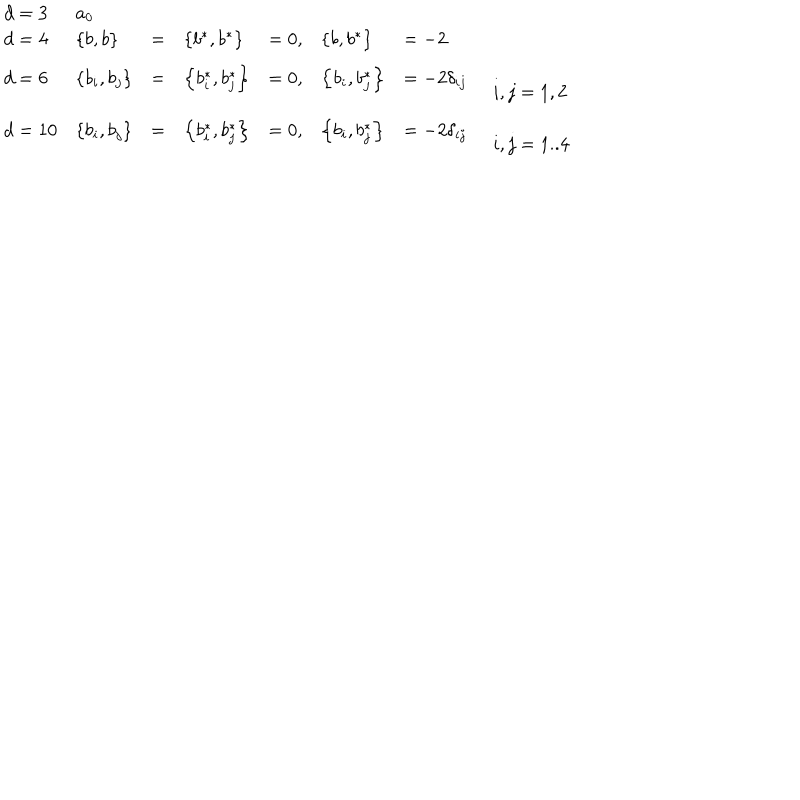
\begin{array} { l l l l l l l l } { { d = 3 } } & { { a _ { 0 } } } & { { } } & { { } } & { { } } & { { } } & { { } } & { { \begin{array} { l } \end{array} } } \\ { { d = 4 } } & { { \left\{ b , b \right\} } } & { { = } } & { { \left\{ b ^ { * } , b ^ { * } \right\} } } & { { = 0 , } } & { { \left\{ b , b ^ { * } \right\} } } & { { = - 2 } } & { { \begin{array} { l } \end{array} } } \\ { { d = 6 } } & { { \left\{ b _ { i } , b _ { j } \right\} } } & { { = } } & { { \left\{ b _ { i } ^ { * } , b _ { j } ^ { * } \right\} } } & { { = 0 , } } & { { \left\{ b _ { i } , b _ { j } ^ { * } \right\} } } & { { = - 2 \delta _ { i j } } } & { { \begin{array} { l } { { { \ i , j = 1 , 2 } } } \\ \end{array} } } \\ { { d = 1 0 } } & { { \left\{ b _ { i } , b _ { j } \right\} } } & { { = } } & { { \left\{ b _ { i } ^ { * } , b _ { j } ^ { * } \right\} } } & { { = 0 , } } & { { \left\{ b _ { i } , b _ { j } ^ { * } \right\} } } & { { = - 2 \delta _ { i j } } } & { { \begin{array} { l } { { { \ i , j = 1 . . 4 } } } \\ \end{array} } } \\ \end{array}